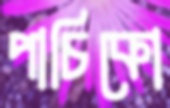
পাচিকো